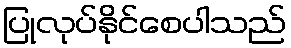
ပြုလုပ်နိုင်စေပါသည်